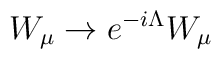
W_{\mu} \rightarrow e^{-i \Lambda} W_{\mu}